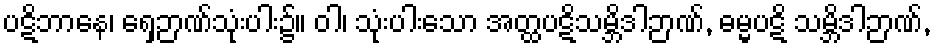
ပဋိဘာနေ၊ ရှေ့ဉာဏ်သုံးပါး၌။ ဝါ၊ သုံးပါးသော အတ္ထပဋိသမ္ဘိဒါဉာဏ်, ဓမ္မပဋိ သမ္ဘိဒါဉာဏ်,